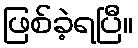
ဖြစ်ခဲ့ရပြီ။